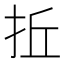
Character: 拞